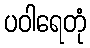
ပဝါရေတုံ